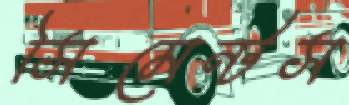
সিমেন্টস